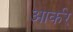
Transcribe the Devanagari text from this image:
आर्कर